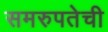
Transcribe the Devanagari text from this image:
समरुपतेची